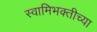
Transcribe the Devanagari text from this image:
स्वामिभक्तीच्या